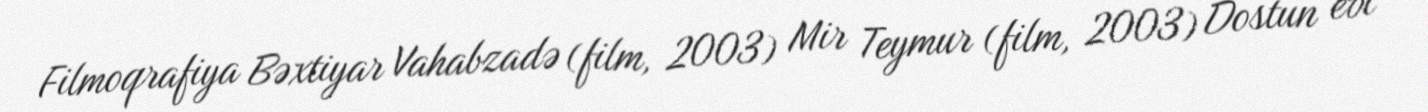
Filmoqrafiya Bəxtiyar Vahabzadə (film, 2003) Mir Teymur (film, 2003) Dostun evi